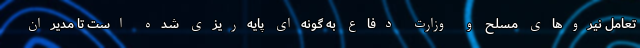
تعامل نیروهای مسلح و وزارت دفاع به گونه‌ای پایه‌ریزی شده است تا مدیران